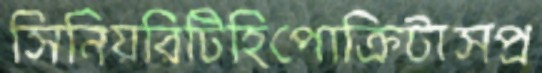
সিনিয়রিটিহিপোক্রিটাসপ্র